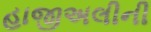
હાજીઅલીની